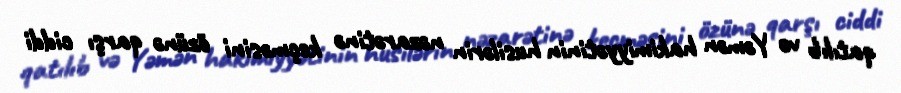
qatılıb və Yəmən hakimiyyətinin husilərin nəzarətinə keçməsini özünə qarşı ciddi